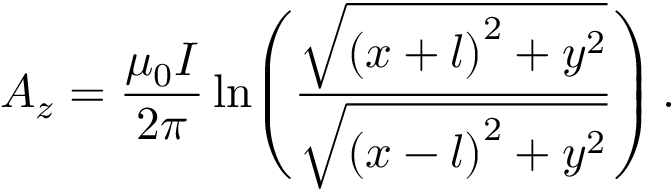
A _ { z } = \frac { \mu _ { 0 } I } { 2 \pi } \ln \! \left( \frac { \sqrt { \left( x + l \right) ^ { 2 } + y ^ { 2 } } } { \sqrt { \left( x - l \right) ^ { 2 } + y ^ { 2 } } } \right) .